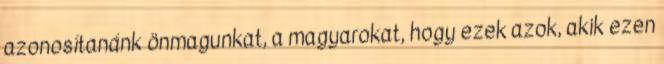
azonosítanánk önmagunkat, a magyarokat, hogy ezek azok, akik ezen